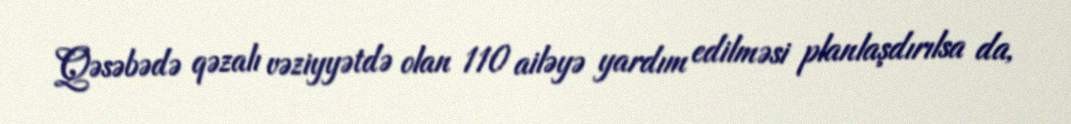
Qəsəbədə qəzalı vəziyyətdə olan 110 ailəyə yardım edilməsi planlaşdırılsa da,